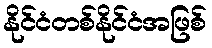
နိုင်ငံတစ်နိုင်ငံအဖြစ်